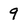
Character: 9